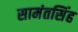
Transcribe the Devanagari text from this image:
सामंतसिंह